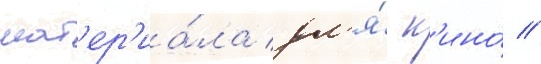
мат'ер'иа́ла дл'я́ к'ино́ //